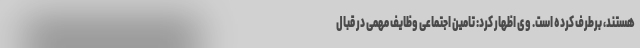
هستند، برطرف کرده است. وی اظهار کرد: تامین اجتماعی وظایف مهمی در قبال